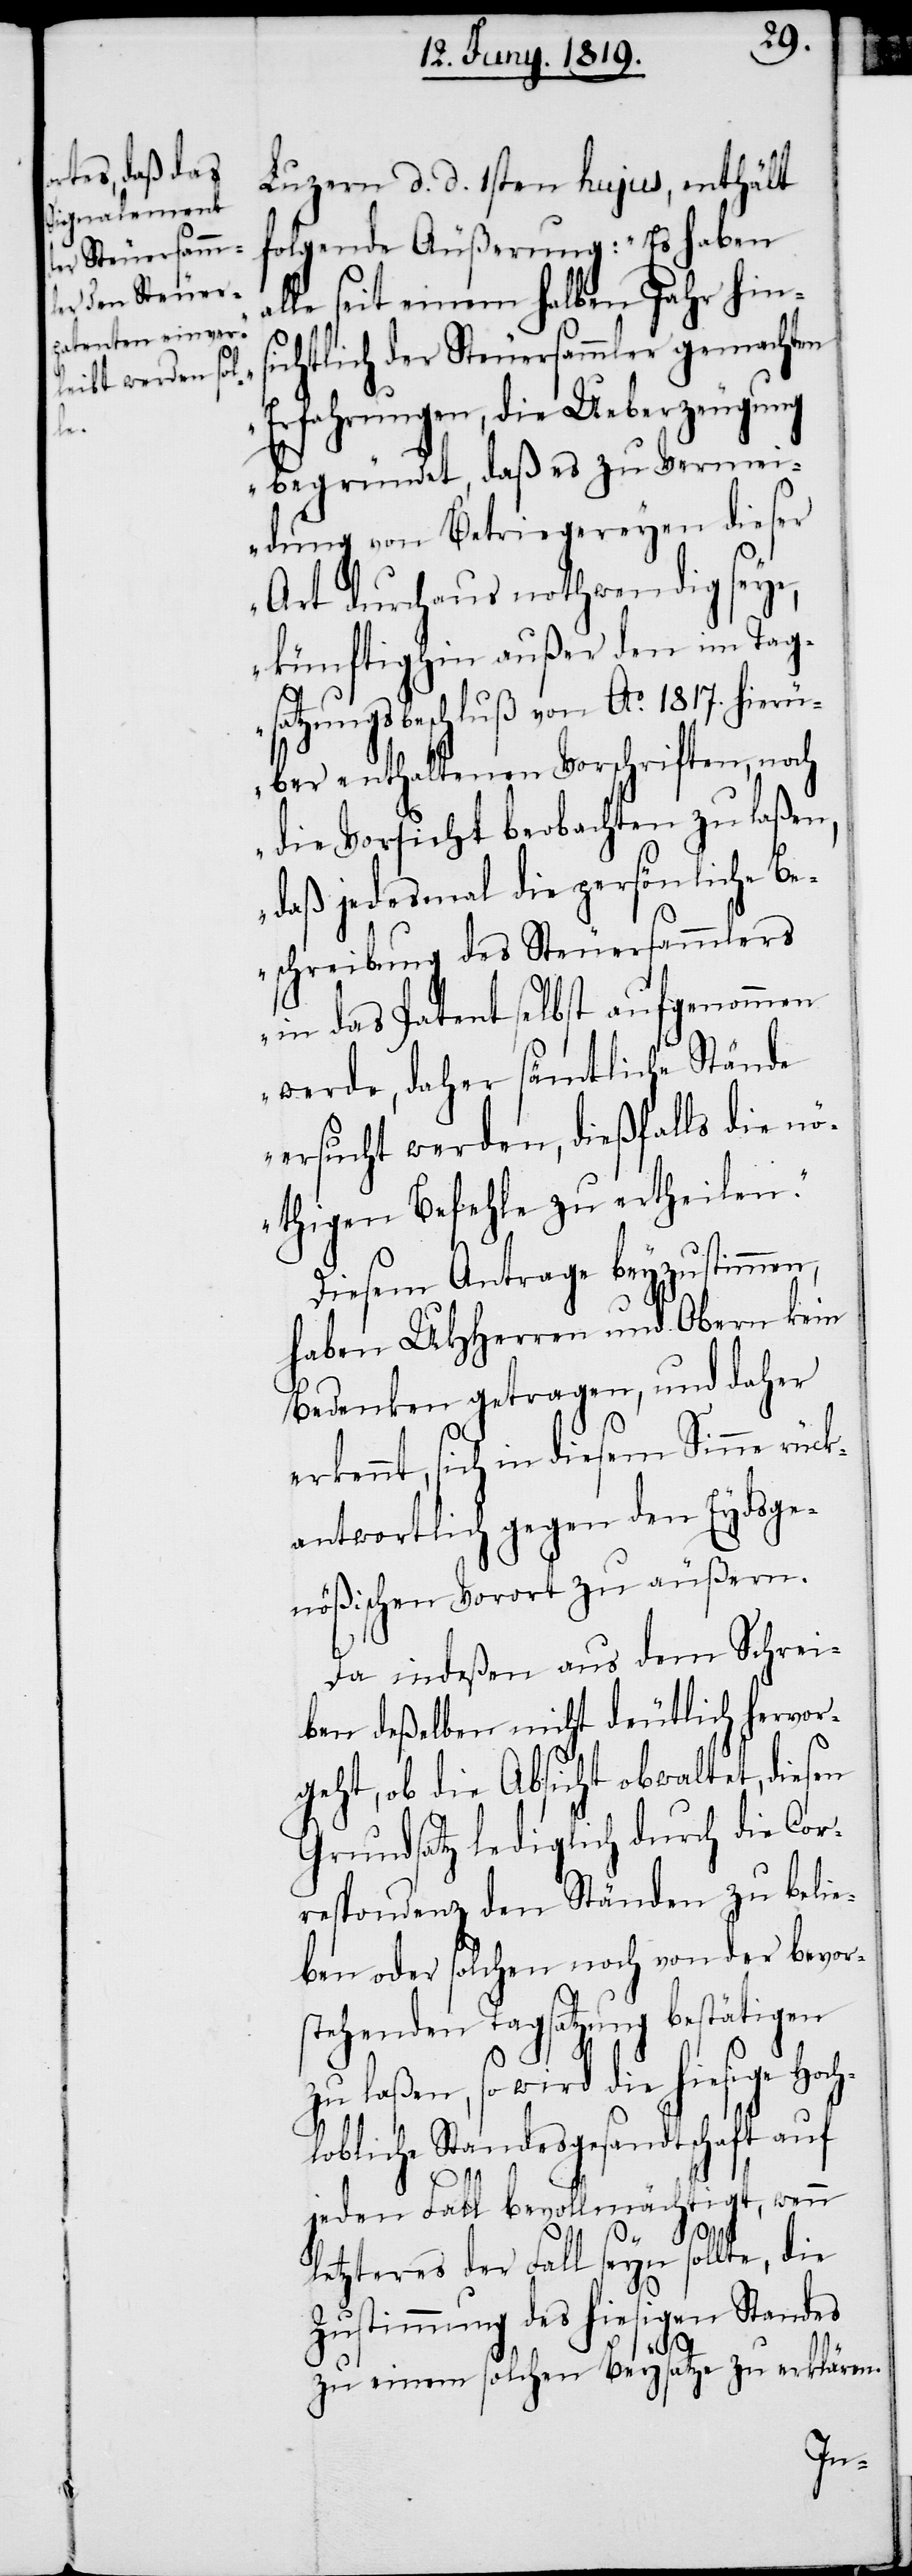
Luzern d. d. 1sten hujus, enthält
folgende Äußerung: „Es haben
alle seit einem halben Jahr hins¬
ichtlich der Steuersammler gemachten
Erfahrungen, die Ueberzeugung
begründet, daß es zu Vermei¬
dung von Betriegereyen dieser
Art durchaus nothwendig seye,
künftighin außer den im Tag¬
satzungsbeschluß von Ao. 1817. hierü¬
ber enthaltenen Vorschriften, noch
die Vorsicht beobachten zu laßen,
daß jedesmal die persönliche Be¬
schreibung des Steuersammlers
in das Patent selbst aufgenommen
werde, daher sämtliche Stände
ersucht werden, dießfalls die n¬
öthigen Befehle zu ertheilen.“
Diesem Antrage beyzustimmen,
haben UHHerren und Obern kein
Bedenken getragen, und daher
kennt, sich in diesem Sinne rück¬
antwortlich gegen den Eydsge¬
nößischen Vorort zu äußern.
er¬
Da indeßen aus dem Schrei¬
ben deßelben nicht deutlich hervor¬
geht, ob die Absicht obwaltet, diesen
Grundsatz lediglich durch die Cor¬
respondenz den Ständen zu belie¬
ben oder solchen noch von der bevor¬
stehenden Tagsatzung bestätigen
zu laßen, so wird die hiesige Hoch¬
lobliche Standesgesandtschaft auf
jeden Fall bevollmächtigt, wenn
letzteres der Fall seyn sollte, die
Zustimmung des hiesigen Standes
zu einem solchen Beysatze zu erklären.